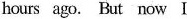
hours ago. But now I